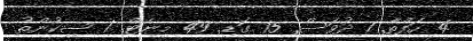
4 ހަފްތާ